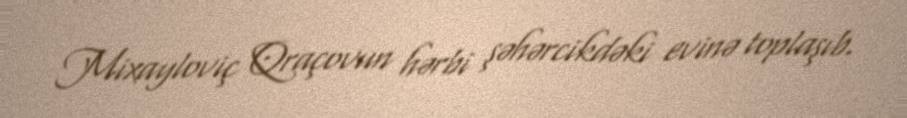
Mixayloviç Qraçovun hərbi şəhərcikdəki evinə toplaşıb.